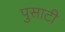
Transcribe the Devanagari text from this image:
पुसाटी